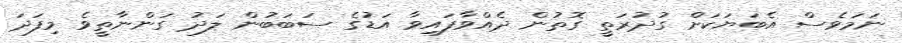
ނަމަވެސް އެބަޔަކަށް ގުދުރަތީ ގޮތުން ދެއްވާފައިވާ އަޑުގެ ސަބަބުން ލަދު ގަންނާތީވެ މިފަދަ